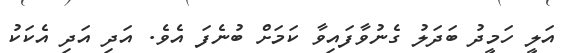
އަލީ ހަމީދު ބަދަލު ގެނުވާފައިވާ ކަމަށް ބުނެފަ އެވެ. އަދި އަދި އެކަކު